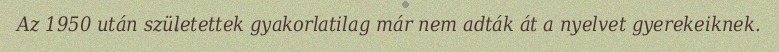
Az 1950 után születettek gyakorlatilag már nem adták át a nyelvet gyerekeiknek.